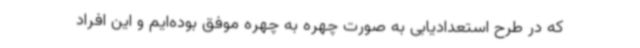
که در طرح استعدادیابی به صورت چهره به چهره موفق بوده‌ایم و این افراد